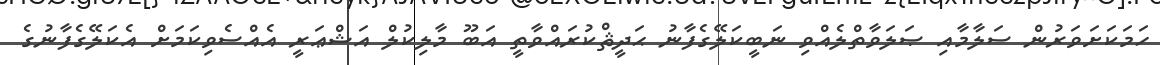
ހަމަކަށަވަރުން ސަލާމާއި ޞަލަވާތްލެއްވި ނަބީކަލޭގެފާނު ޙަދީޘްކުރައްވާތީ އަބޫ މާލިކުލް އަޝްޢަރީ އެއްސެވިކަމަށް އެކަލޭގެފާނުގެ